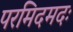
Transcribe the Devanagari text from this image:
परमिदमदः